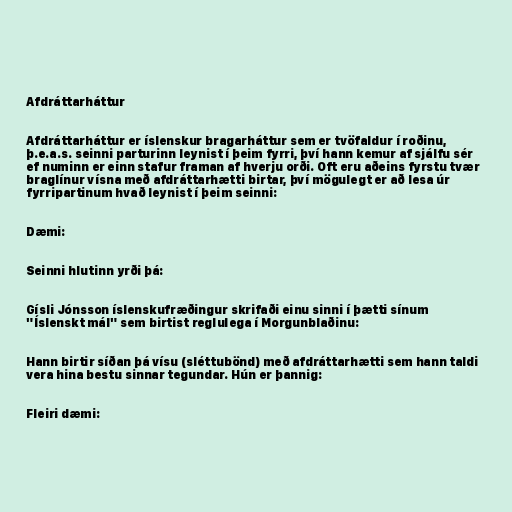
Afdráttarháttur

Afdráttarháttur er íslenskur bragarháttur sem er tvöfaldur í roðinu,
þ.e.a.s. seinni parturinn leynist í þeim fyrri, því hann kemur af sjálfu sér
ef numinn er einn stafur framan af hverju orði. Oft eru aðeins fyrstu tvær
braglínur vísna með afdráttarhætti birtar, því mögulegt er að lesa úr
fyrripartinum hvað leynist í þeim seinni:

Dæmi:

Seinni hlutinn yrði þá:

Gísli Jónsson íslenskufræðingur skrifaði einu sinni í þætti sínum
"Íslenskt mál" sem birtist reglulega í Morgunblaðinu:

Hann birtir síðan þá vísu (sléttubönd) með afdráttarhætti sem hann taldi
vera hina bestu sinnar tegundar. Hún er þannig:

Fleiri dæmi: